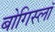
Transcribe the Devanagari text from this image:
बोगिस्लॉ